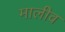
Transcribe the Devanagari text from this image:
मालीव